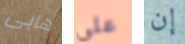
هابى على إن